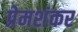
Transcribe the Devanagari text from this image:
प्रेमशंकर